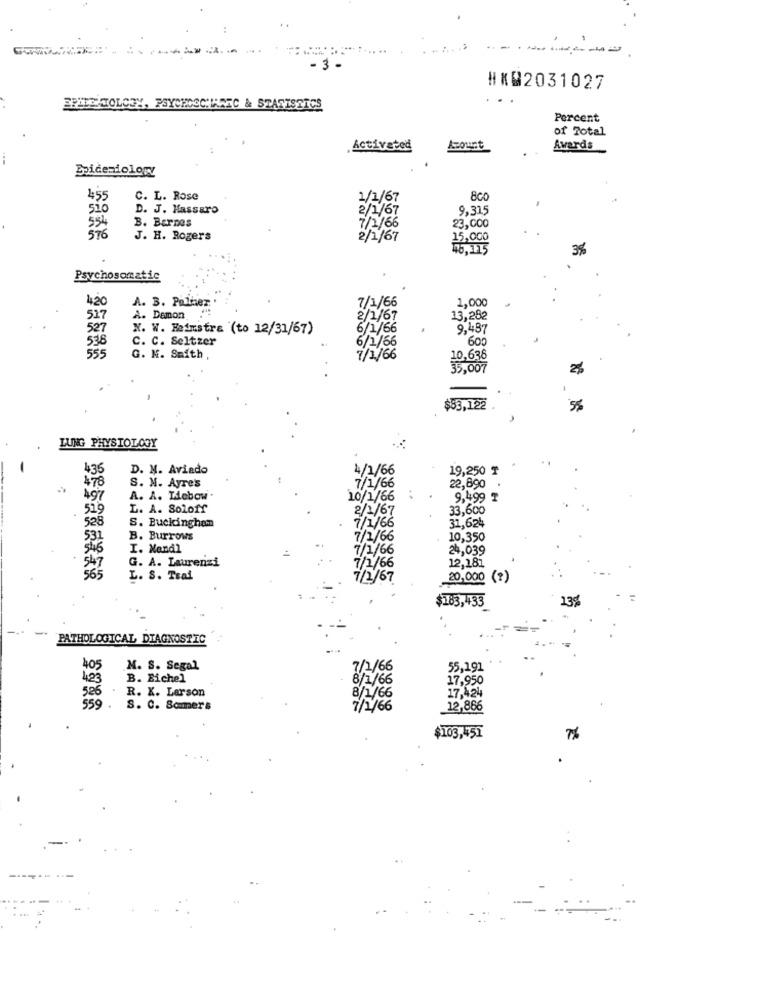
--
3.
#XW2031027
...
PSYCHOOCHLANC & STATISTICS
Percent
of Total
Activated
Acount
Awards
Epidemiology
455
C. L. Rose
1/1/67
8co
510
D. J. Hassaro
2/1/67
9,315
554
B. Barnes
576
7/2/66
23,000
J. H. Rogers
2/1/67
15,000
3%
Psychosomatic
420
A. 3. Potter
7/1/66
1,000
517
A. Demon
2/1/67
13,282
527
N. W. Heimstra (to 12/31/67)
6/1/66
9,487
538
C. C. Seltzer
6/1/66
600
555
G. M. Smith
7/1/66
10,636
35. 007
2%
$53,122
5%
LUNG PHYSIOLOGY
436
D. M. Aviado
4/1/66
19,250 ₸
478
S. M. Ayre's
7/1/66
22,690
497
A. A. Lebow.
10/1/66
9,499 ₸
519
L. A. Soloff
2/1/67
33,600
528
S. Buckingham
7/1/66
31,624
531
B. Burrows
7/1/66
10,350
545
I. Nandl
7/1/66
24,039
G. A. Laurenzi
12,181
547
7/1/66
565
L. S. Trai
7/2/67
20,000 (?)
$183,433
130
PATHOLOGICAL DIAGNOSTIC
405
M. S. Segal
7/1/66
55,191
423
B. Eichel
8/1/66
17,950
526
R. K. Larson
17,424
8/1/66
559 .
S. C. Sommers
7/1/66
12,866
$103,451
7%